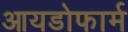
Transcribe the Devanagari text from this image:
आयडोफार्म